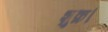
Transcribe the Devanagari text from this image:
शुक्र।